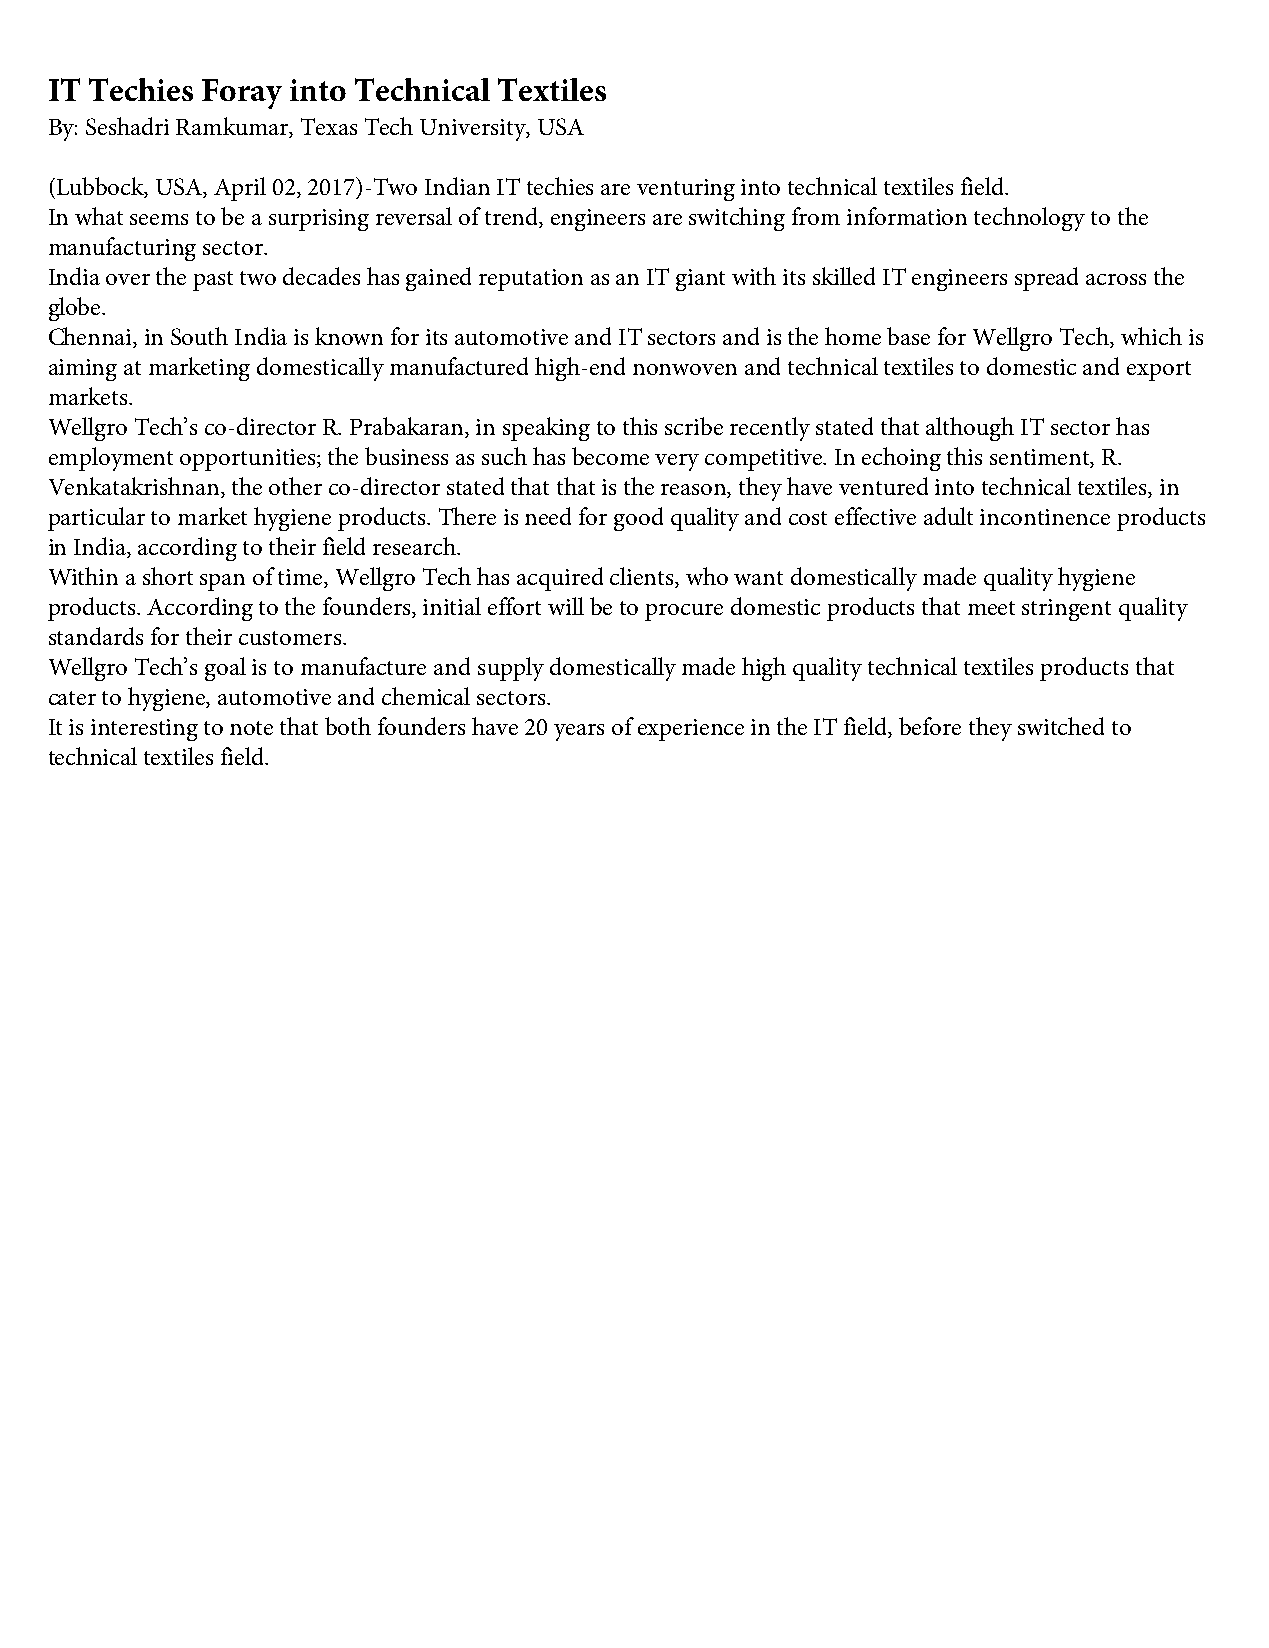
IT Techies Foray into Technical Textiles
 By: Seshadri Ramkumar, Texas Tech University, USA
 (Lubbock, USA, April 02, 2017)-Two Indian IT techies are venturing into technical textiles field.
 In what seems to be a surprising reversal of trend, engineers are switching from information technology to the
 manufacturing sector.
 India over the past two decades has gained reputation as an IT giant with its skilled IT engineers spread across the
 globe.
 Chennai, in South India is known for its automotive and IT sectors and is the home base for Wellgro Tech, which is
 aiming at marketing domestically manufactured high-end nonwoven and technical textiles to domestic and export
 markets.
 Wellgro Tech’s co-director R. Prabakaran, in speaking to this scribe recently stated that although IT sector has
 employment opportunities; the business as such has become very competitive. In echoing this sentiment, R.
 Venkatakrishnan, the other co-director stated that that is the reason, they have ventured into technical textiles, in
 particular to market hygiene products. There is need for good quality and cost effective adult incontinence products
 in India, according to their field research.
 Within a short span of time, Wellgro Tech has acquired clients, who want domestically made quality hygiene
 products. According to the founders, initial effort will be to procure domestic products that meet stringent quality
 standards for their customers.
 Wellgro Tech’s goal is to manufacture and supply domestically made high quality technical textiles products that
 cater to hygiene, automotive and chemical sectors.
 It is interesting to note that both founders have 20 years of experience in the IT field, before they switched to
 technical textiles field.